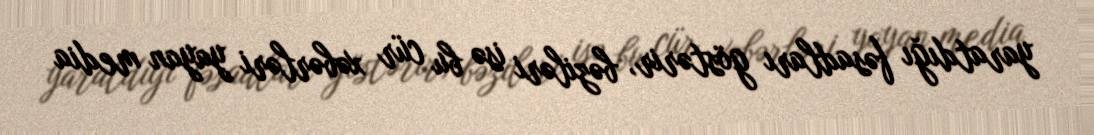
yaratdığı fəsadları göstərir, bəziləri isə bu cür xəbərləri yayan media